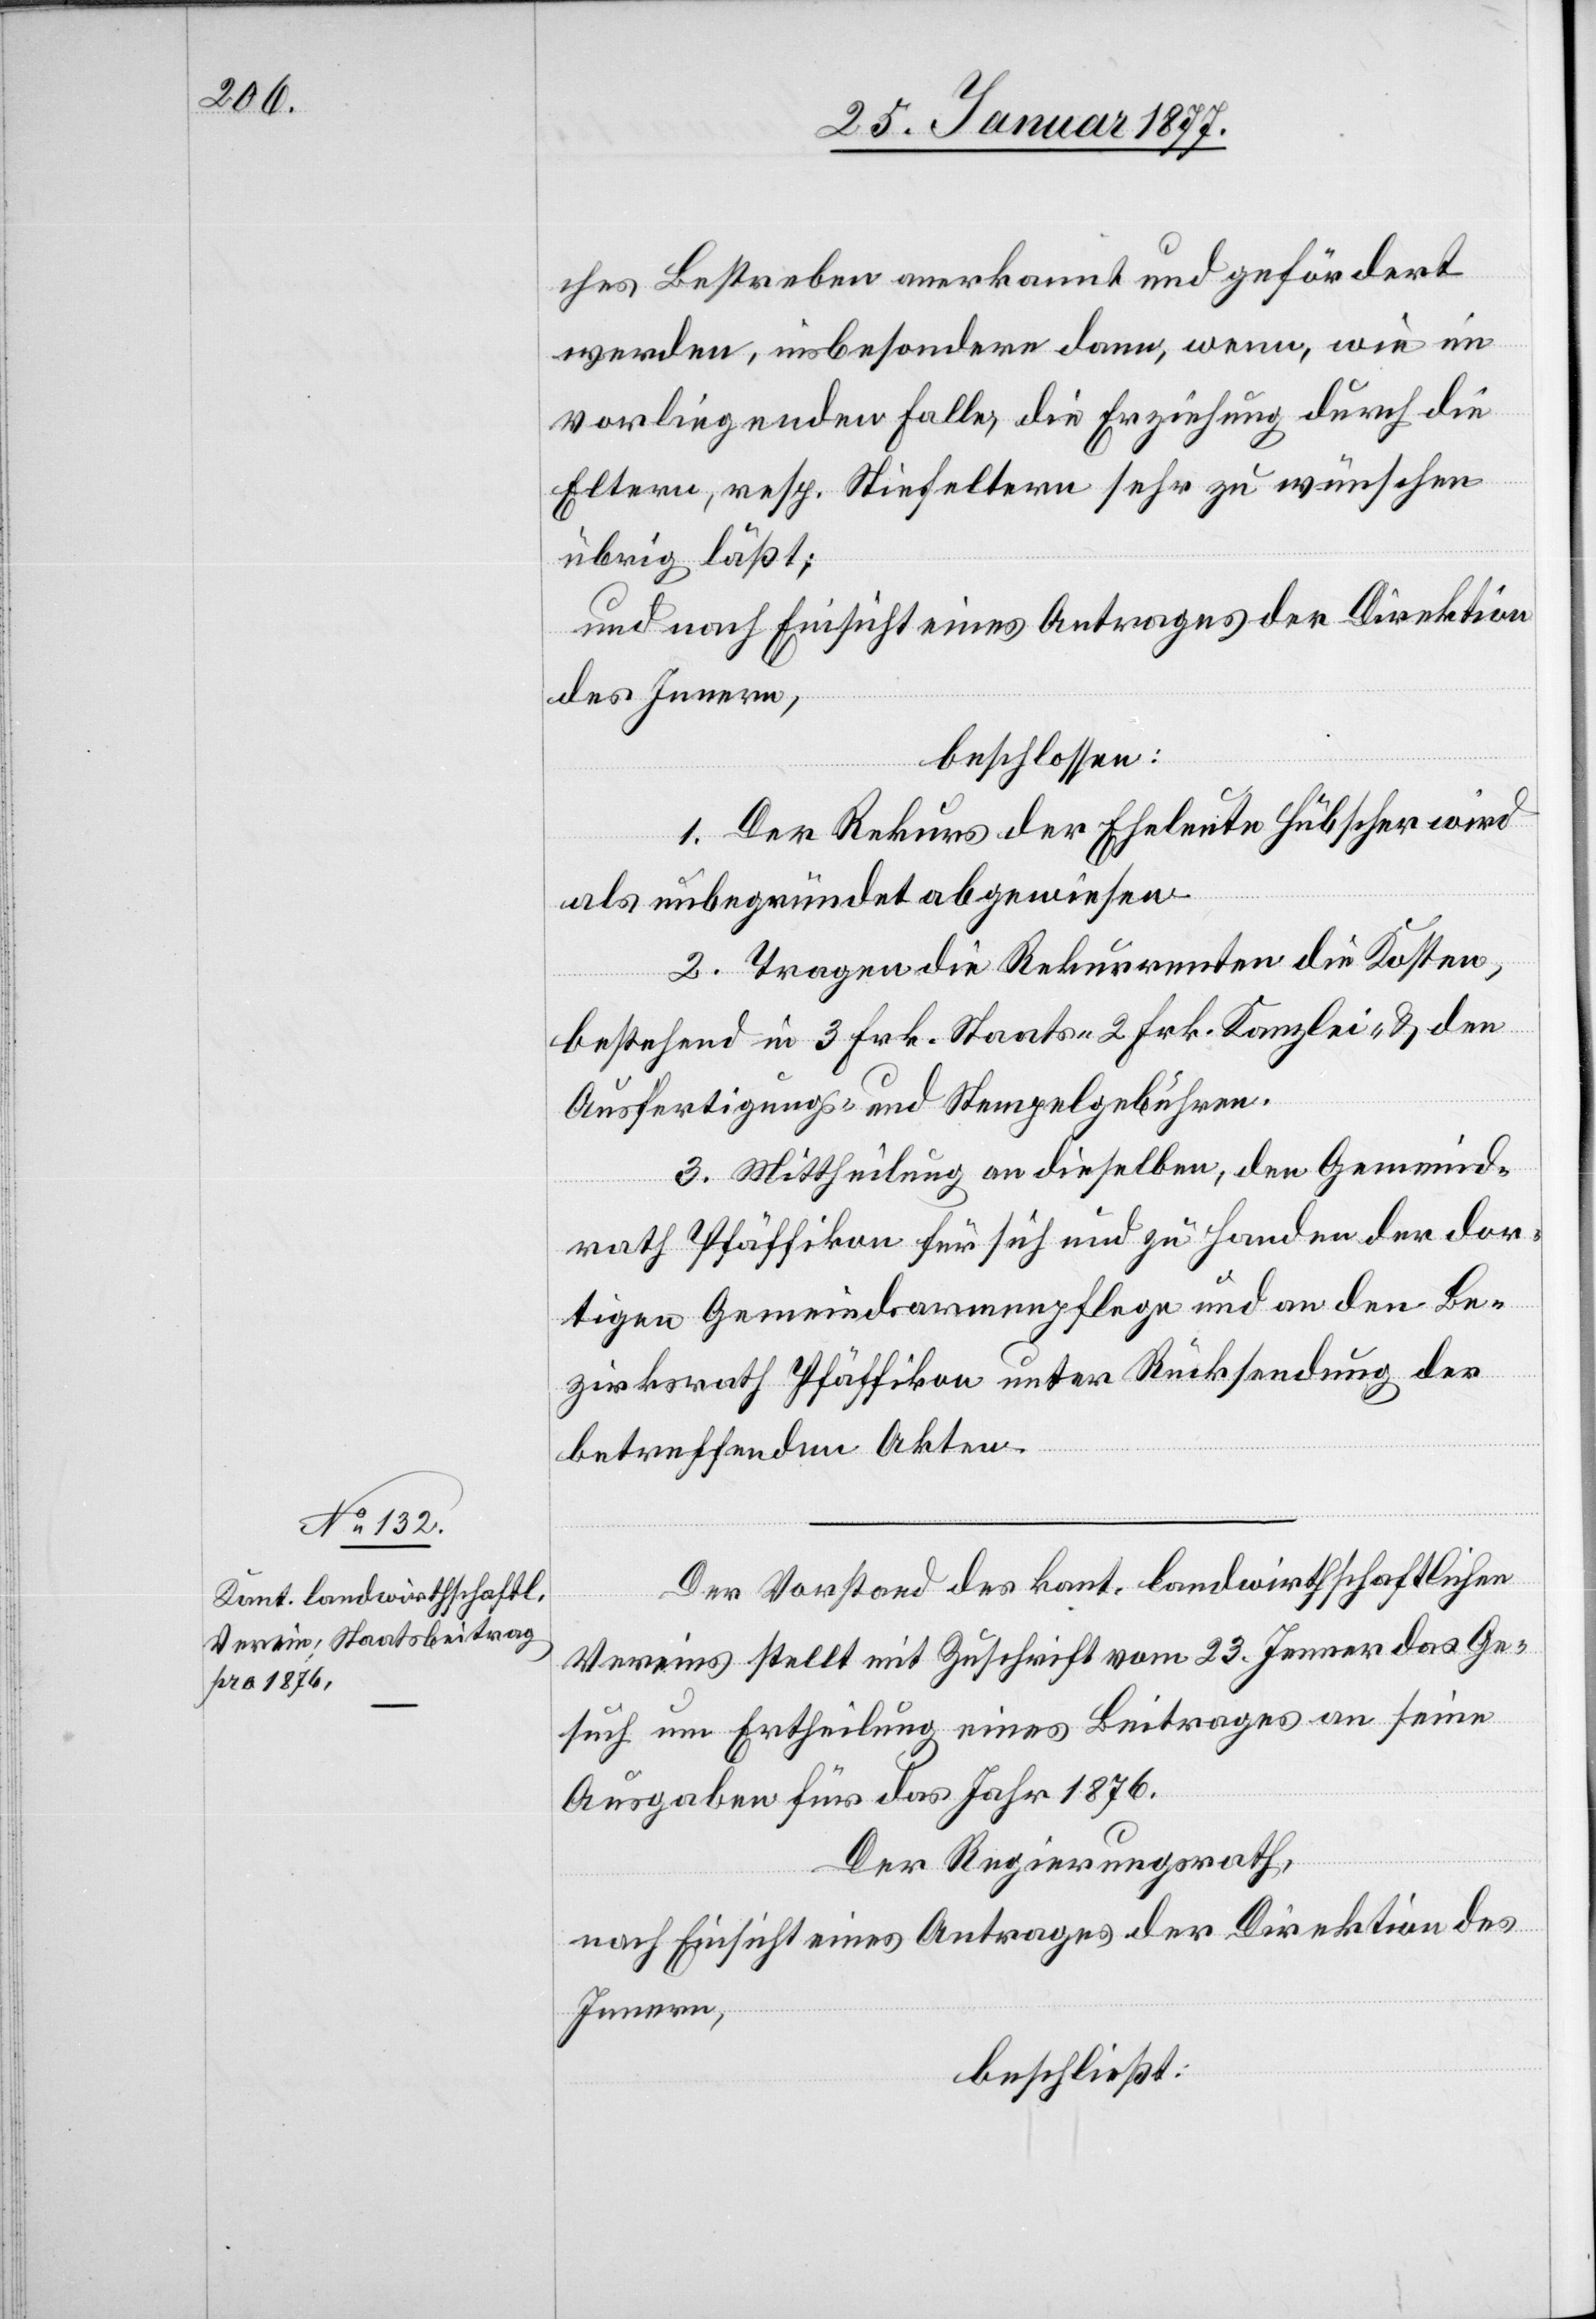
ches Bestreben anerkannt und gefördert
werden, insbesondere dann, wenn, wie im
vorliegenden Falle, die Erziehung durch die
Eltern, resp. Stiefeltern sehr zu wünschen
übrig läßt;
und nach Einsicht eines Antrages der Direktion
des Innern,
beschlossen:
1. Der Rekurs der Eheleute Hübscher wird
als unbegründet abgewiesen.
2. Tragen die Rekurrenten die Kosten,
bestehend in 3 Frk. Staats-[,] 2 Frk. Kanzlei- & den
Ausfertigungs- und Stempelgebühren.
3. Mittheilung an dieselben, den Gemeind¬
rath Pfäffikon für sich und zu Handen der dor¬
tigen Gemeindsarmenpflege und an den Be¬
zirksrath Pfäffikon unter Rücksendung der
betreffenden Akten.
Der Vorstand des kant. landwirthschaftlichen
Vereins stellt mit Zuschrift vom 23. Jenner das Ge¬
such um Ertheilung eines Beitrages an seine
Ausgaben für das Jahr 1876.
Der Regierungsrath,
nach Einsicht eines Antrages der Direktion des
Innern,
beschließt: